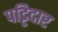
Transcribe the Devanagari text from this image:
पट्टिदार